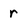
Character: r